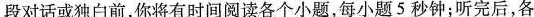
段对话或独白前,你将有时间阅读各个小题,每小题 5 秒钟;听完后,各